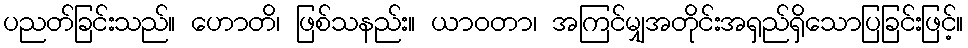
ပညတ်ခြင်းသည်။ ဟောတိ၊ ဖြစ်သနည်း။ ယာဝတာ၊ အကြင်မျှအတိုင်းအရှည်ရှိသောပြခြင်းဖြင့်။